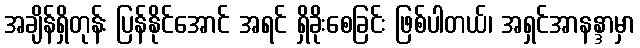
အချိန်ရှိတုန်း ပြန်နိုင်အောင် အရင် ရှိခိုးစေခြင်း ဖြစ်ပါတယ်၊ အရှင်အာနန္ဒာမှာ